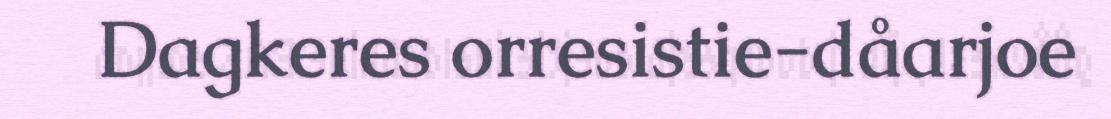
Dagkeres orresistie-dåarjoe